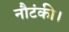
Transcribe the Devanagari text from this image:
नौटंकी।